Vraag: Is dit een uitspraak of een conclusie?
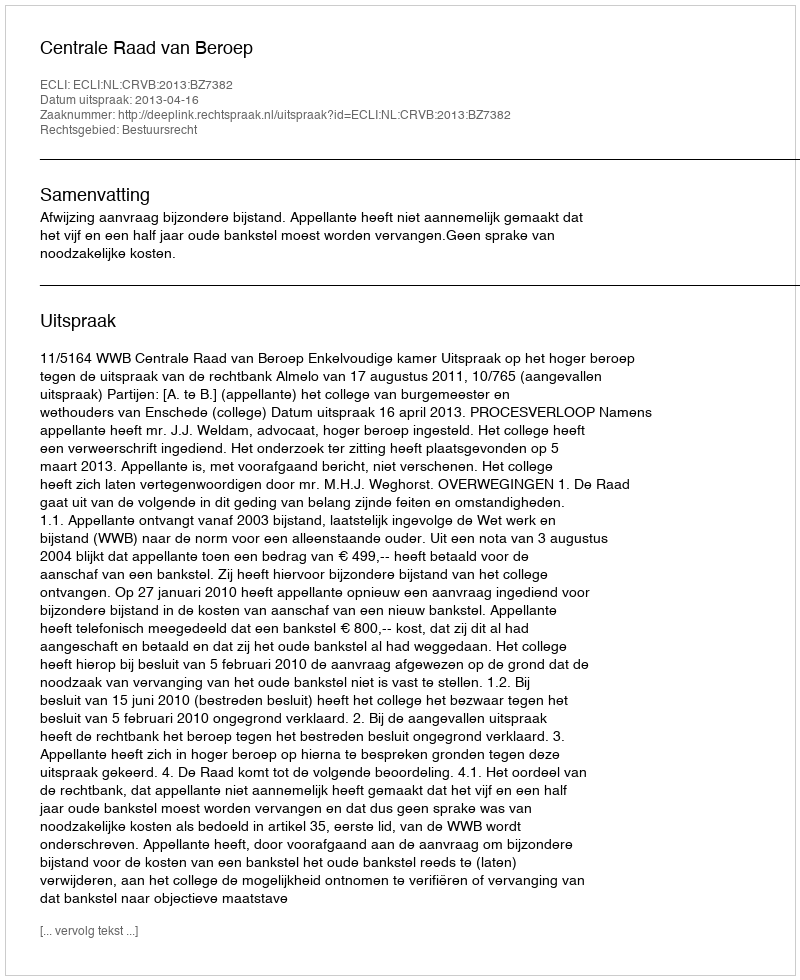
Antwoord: Uitspraak